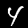
Label: 4